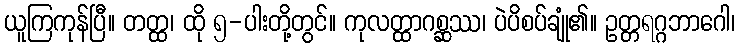
ယူကြကုန်ပြီ။ တတ္ထ၊ ထို ၅-ပါးတို့တွင်။ ကုလတ္ထာဂစ္ဆဿ၊ ပဲပိစပ်ချုံ၏။ ဥတ္တရဂ္ဂဘာဂေါ၊